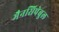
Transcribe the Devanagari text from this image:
मैनसिपेबुल